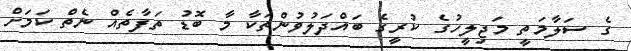
ގެ ސަލާމަތީ މަޖިލީހުގެ ކުރީގެ ބައްދަލުވުންތަކާ މާ ބޮޑު ތަފާތެއް ނެތް ކަމަށް